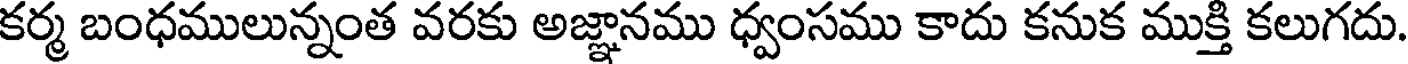
కర్మ బంధములున్నంత వరకు అజ్ఞానము ధ్వంసము కాదు కనుక ముక్తి కలుగదు.